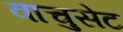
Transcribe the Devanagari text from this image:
वाचुसेट